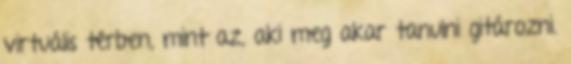
virtuális térben, mint az, aki meg akar tanulni gitározni.